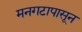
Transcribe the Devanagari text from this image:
मनगटापासून